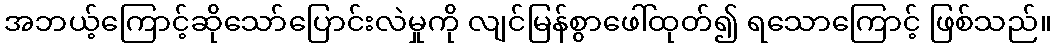
အဘယ့်ကြောင့်ဆိုသော်ပြောင်းလဲမှုကို လျင်မြန်စွာဖေါ်ထုတ်၍ ရသောကြောင့် ဖြစ်သည်။